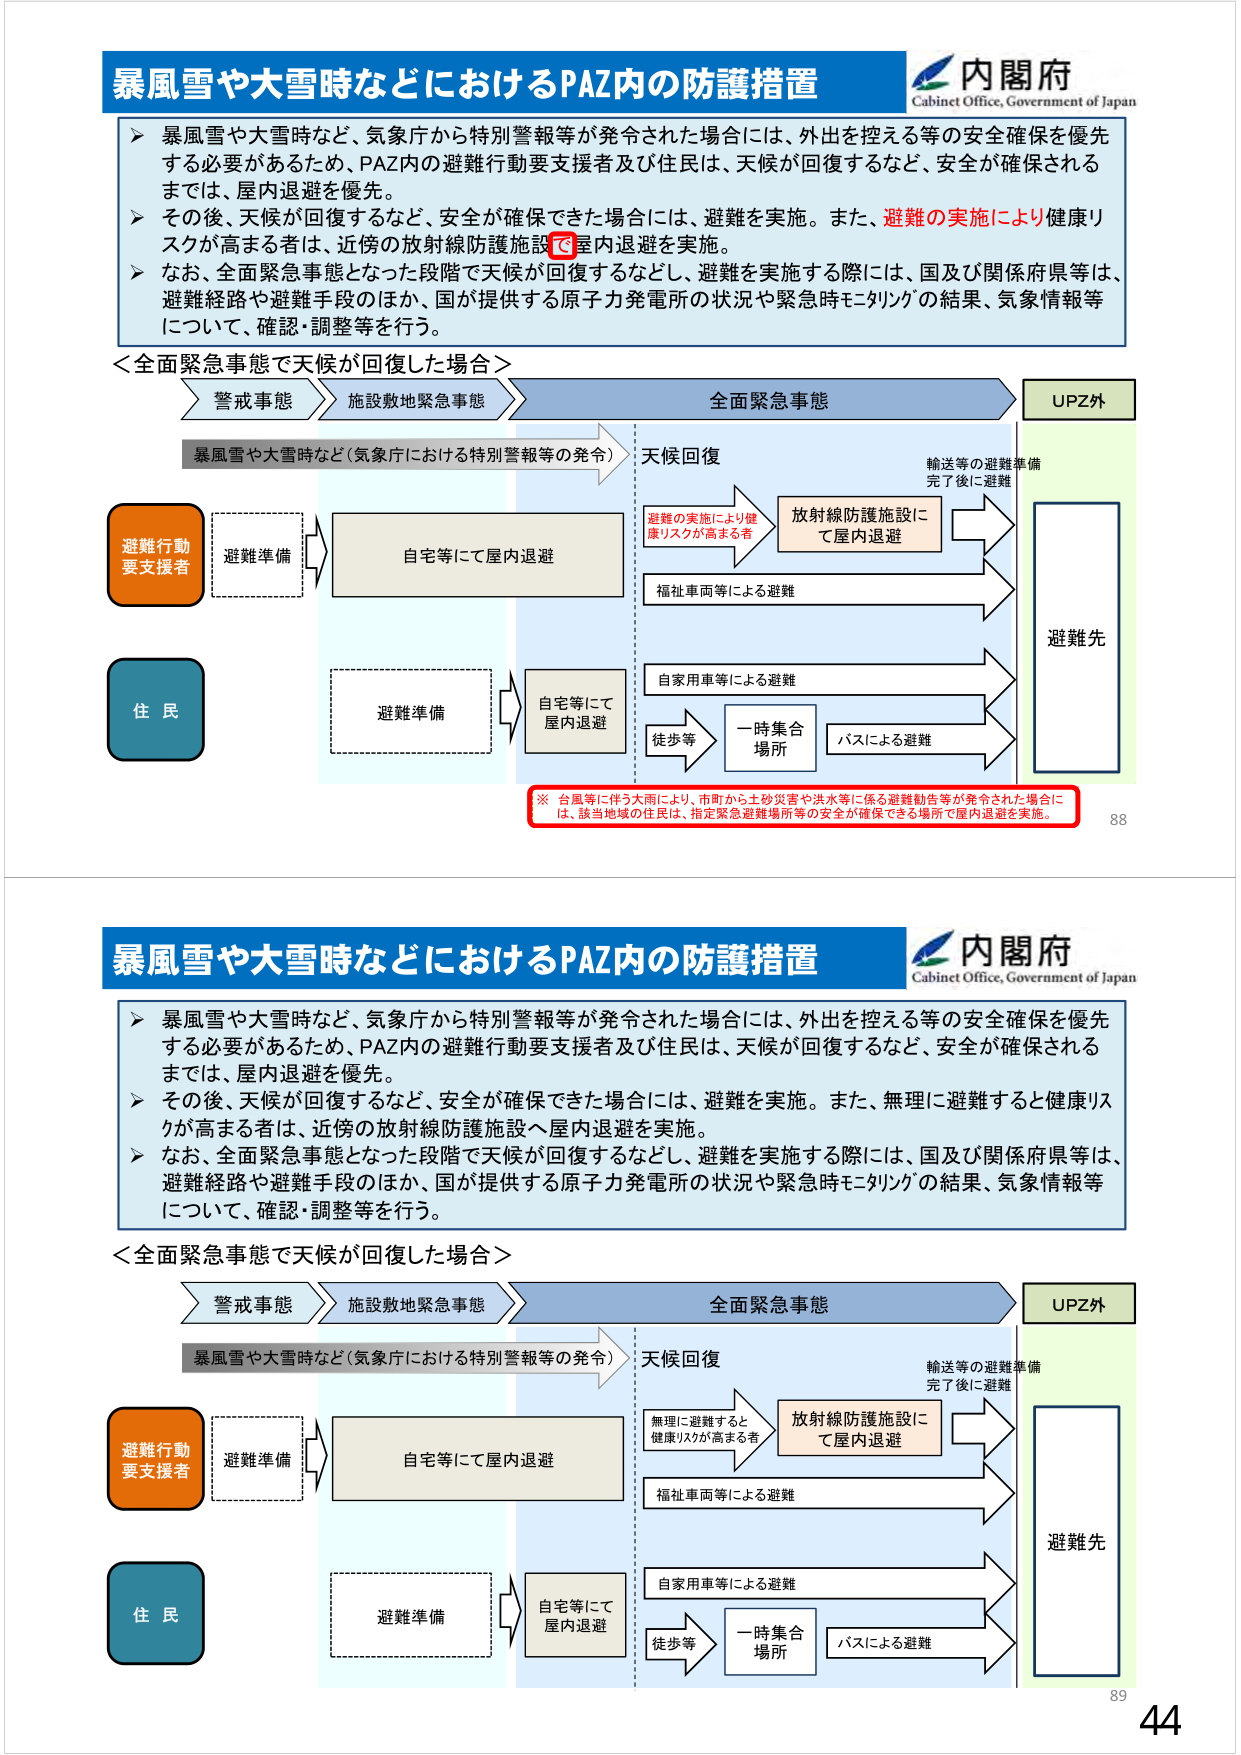
暴風雪や大雪時などにおけるPAZ内の防護措置
内閣府
Cabinet Office, Government of Japan
▶ 暴風雪や大雪時など、気象庁から特別警報等が発令された場合には、外出を控える等の安全確保を優先する必要があるため、PAZ内の避難行動要支援者及び住民は、天候が回復するなど、安全が確保されるまでは、屋内退避を優先。
▶ その後、天候が回復するなど、安全が確保できた場合には、避難を実施。また、避難の実施により健康リスクが高まる者は、近傍の放射線防護施設で屋内退避を実施。
▶ なお、全面緊急事態となった段階で天候が回復するなどし、避難を実施する際には、国及び関係府県等は、避難経路や避難手段のほか、国が提供する原子力発電所の状況や緊急時モニタリングの結果、気象情報等について、確認・調整等を行う。
＜全面緊急事態で天候が回復した場合＞
警戒事態
施設敷地緊急事態
全面緊急事態
UPZ外
暴風雪や大雪時など（気象庁における特別警報等の発令）
天候回復
輸送等の避難準備完了後に避難
避難行動要支援者
避難準備
自宅等にて屋内退避
避難の実施により健康リスクが高まる者
放射線防護施設にて屋内退避
福祉車両等による避難
住民
避難準備
自宅等にて屋内退避
自家用車等による避難
徒歩等
一時集合場所
バスによる避難
避難先
※ 台風等に伴う大雨により、市町から土砂災害や洪水等に係る避難勧告等が発令された場合には、該当地域の住民は、指定緊急避難場所等の安全が確保できる場所で屋内退避を実施。
88
暴風雪や大雪時などにおけるPAZ内の防護措置
内閣府
Cabinet Office, Government of Japan
▶ 暴風雪や大雪時など、気象庁から特別警報等が発令された場合には、外出を控える等の安全確保を優先する必要があるため、PAZ内の避難行動要支援者及び住民は、天候が回復するなど、安全が確保されるまでは、屋内退避を優先。
▶ その後、天候が回復するなど、安全が確保できた場合には、避難を実施。また、無理に避難すると健康リスクが高まる者は、近傍の放射線防護施設へ屋内退避を実施。
▶ なお、全面緊急事態となった段階で天候が回復するなどし、避難を実施する際には、国及び関係府県等は、避難経路や避難手段のほか、国が提供する原子力発電所の状況や緊急時モニタリングの結果、気象情報等について、確認・調整等を行う。
＜全面緊急事態で天候が回復した場合＞
警戒事態
施設敷地緊急事態
全面緊急事態
UPZ外
暴風雪や大雪時など（気象庁における特別警報等の発令）
天候回復
輸送等の避難準備完了後に避難
避難行動要支援者
避難準備
自宅等にて屋内退避
無理に避難すると健康リスクが高まる者
放射線防護施設にて屋内退避
福祉車両等による避難
住民
避難準備
自宅等にて屋内退避
自家用車等による避難
徒歩等
一時集合場所
バスによる避難
避難先
89
44